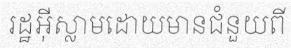
រដ្ឋអ៊ីស្លាមដោយមានជំនួយពី